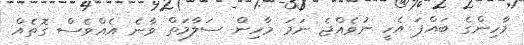
މާހިންގެ ބައްޕަ އެހީ ނުވެއްޖެ ނަމަ މާހިން ސަލާމަތް ވާނެ އެއްވެސް ގޮތެއް